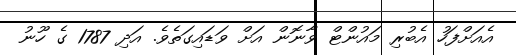
އެއަށްފަހު އެބުރި މައުންޓް ވާނޮން އަށް ވަޑައިގަތެވެ. އަދި 1787 ގެ ހޫނު